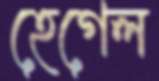
হেগেল